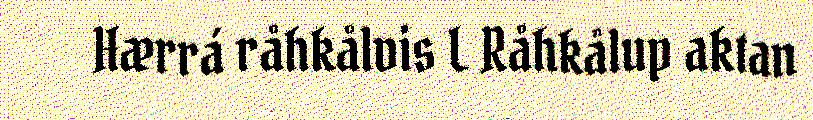
Hærrá råhkålvis L Råhkålup aktan